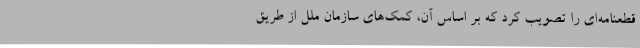
قطعنامه‌ای را تصویب کرد که بر اساس آن، کمک‌های سازمان ملل از طریق